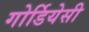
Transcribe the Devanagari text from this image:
गोर्डियेसी